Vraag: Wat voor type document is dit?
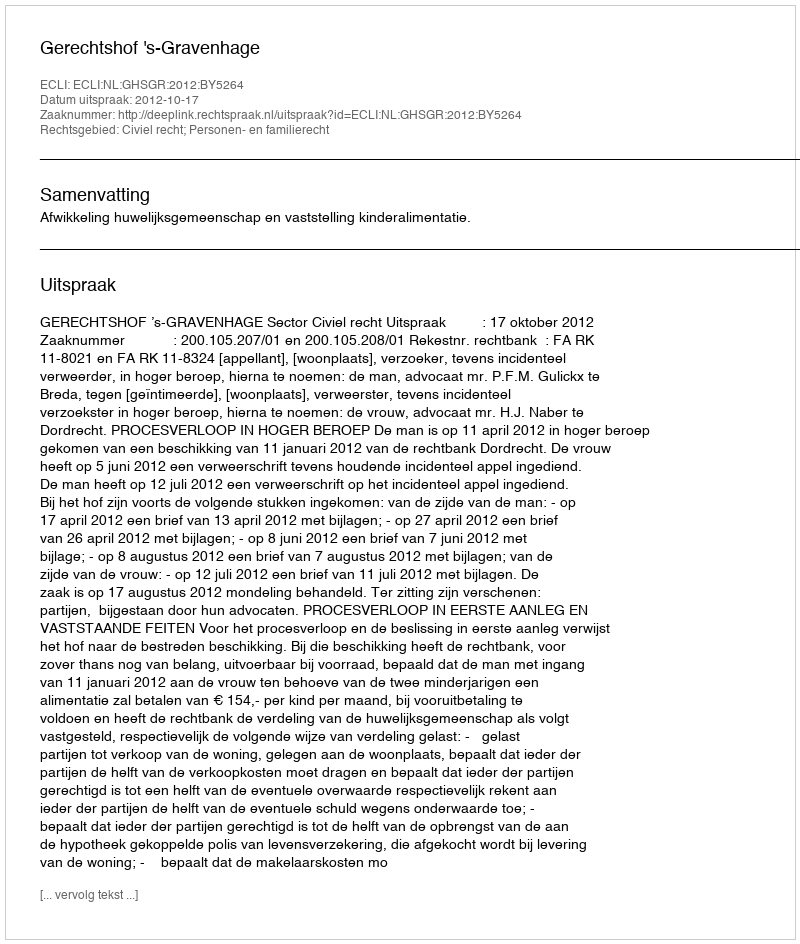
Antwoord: Uitspraak